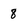
Character: 8